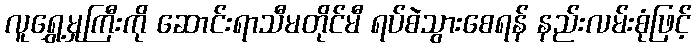
လူရွှေ့မှုကြီးကို ဆောင်းရာသီမတိုင်မီ ရပ်စဲသွားစေရန် နည်းလမ်းစုံဖြင့်